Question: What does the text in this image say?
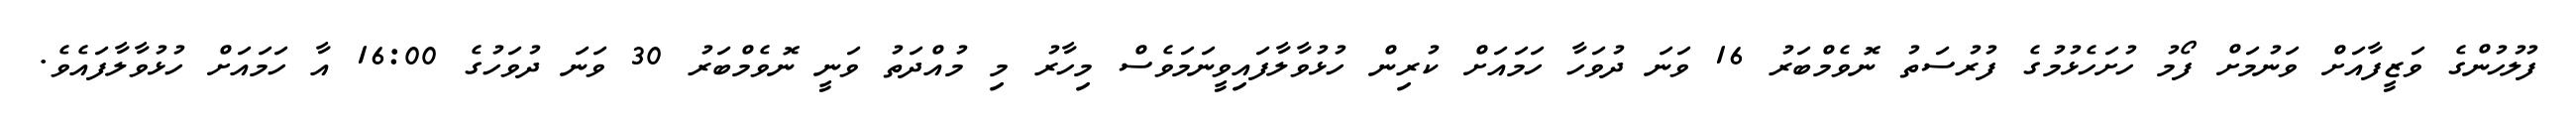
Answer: ފުލުހުންގެ ވަޒީފާއަށް ވަނުމަށް ފޯމު ހުށަހެޅުމުގެ ފުރުސަތު ނޮވެމްބަރު 16 ވަނަ ދުވަހާ ހަމައަށް ކުރިން ހުޅުވާލާފައިވީނަމަވެސް މިހާރު މި މުއްދަތު ވަނީ ނޮވެމްބަރު 30 ވަނަ ދުވަހުގެ 16:00 އާ ހަމައަށް ހުޅުވާލާފައެވެ.